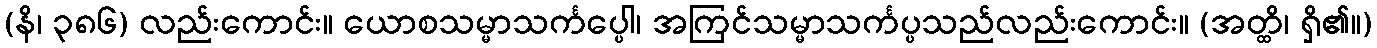
(နိ၊ ၃၈၆) လည်းကောင်း။ ယောစသမ္မာသင်္ကပ္ပေါ၊ အကြင်သမ္မာသင်္ကပ္ပသည်လည်းကောင်း။ (အတ္ထိ၊ ရှိ၏။)